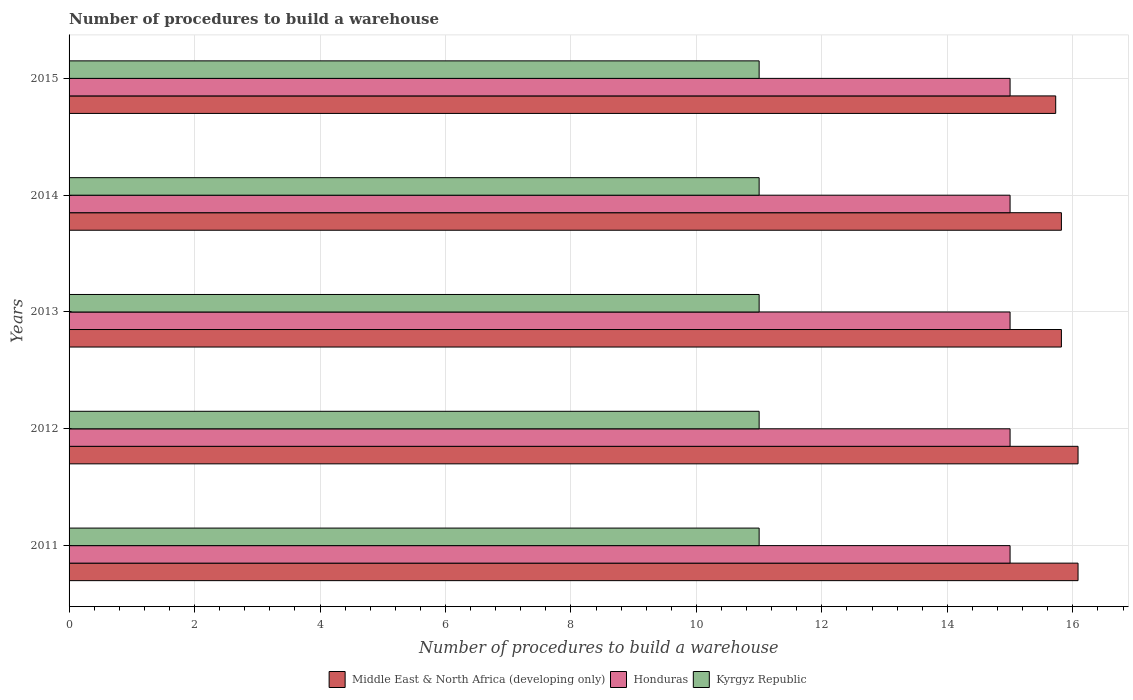
| Years | Middle East & North Africa (developing only) | Honduras | Kyrgyz Republic |
 | --- | --- | --- | --- |
 | 2011 | 16.1 | 15 | 11 |
 | 2012 | 16.1 | 15 | 11 |
 | 2013 | 15.8 | 15 | 11 |
 | 2014 | 15.8 | 15 | 11 |
 | 2015 | 15.7 | 15 | 11 |